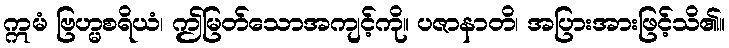
ဣမံ ဗြဟ္မစရိယံ၊ ဤမြတ်သောအကျင့်ကို။ ပဇာနာတိ၊ အပြားအားဖြင့်သိ၏။